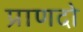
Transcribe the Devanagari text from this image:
प्राणदो